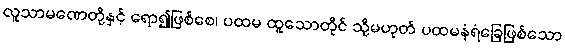
လူသာမဏေတို့နှင့် ရော၍ဖြစ်စေ၊ ပထမ ထူသောတိုင် သို့မဟုတ် ပထမနံရံခြေဖြစ်သော